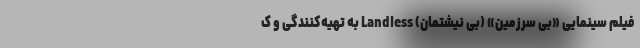
فیلم سینمایی «بی سرزمین» (بی نیشتمان) Landless به تهیه‌کنندگی و ک